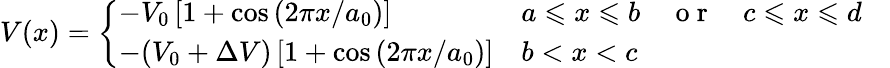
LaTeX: V(x)=\left\{ \begin{array}{lll}{-V_{0}\left[1+\cos\left(2\pi x/a_{0}\right)\right]}&{a\leqslant x\leqslant b\quad\mathrm{~o~r~}\quad c\leqslant x\leqslant d}\\ {-(V_{0}+\Delta V)\left[1+\cos\left(2\pi x/a_{0}\right)\right]}&{b<x<c}\end{array}\quad\right.